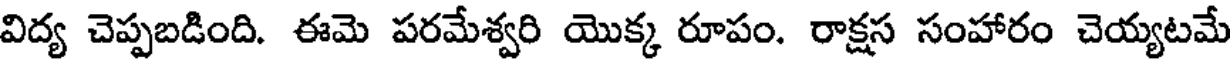
విద్య చెప్పబడింది. ఈమె పరమేశ్వరి యొక్క రూపం. రాక్షస సంహారం చెయ్యటమే